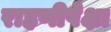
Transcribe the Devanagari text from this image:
राहणीपेक्षा